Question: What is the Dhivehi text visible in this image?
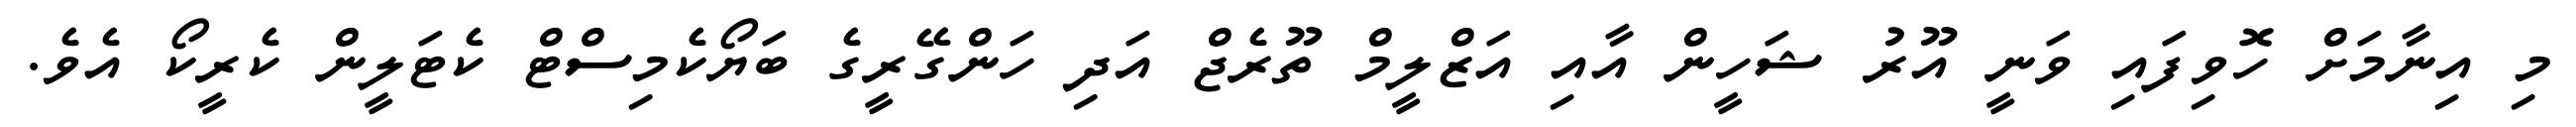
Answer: މި އިނާމަށް ހޮވިފައި ވަނީ އޫރު ޝަހީން އާއި އަޒްލީމް ތޫރެޖް އަދި ހަންގޭރީގެ ބަޔޯކެމިސްޓް ކެޓަލީން ކެރީކޯ އެވެ.